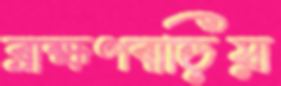
ব্রাহ্মণবাড়িয়া